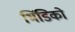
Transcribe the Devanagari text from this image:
भिंडिको